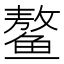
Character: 鳌